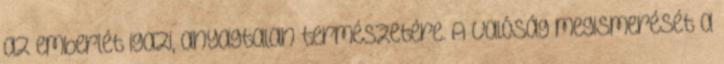
az emberlét igazi, anyagtalan természetére. A valóság megismerését a